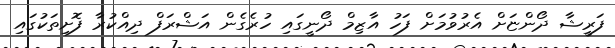
ފަރީޝާ ދޯންޏަށް އެރުވުމަށް ފަހު އާޒިމް ދޯނީގައި ހުރެގެން އަޝްރަފް ދިއްކުރާ ފޮށިތަކުގައި